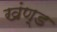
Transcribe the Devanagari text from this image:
खंण्ड